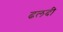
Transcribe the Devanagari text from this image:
ढलदी